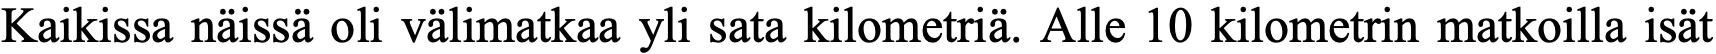
Kaikissa näissä oli välimatkaa yli sata kilometriä. Alle 10 kilometrin matkoilla isät